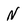
Character: N